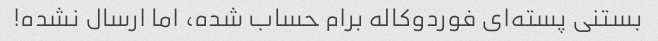
بستنی پسته‌ای فوردوکاله برام حساب شده، اما ارسال نشده!